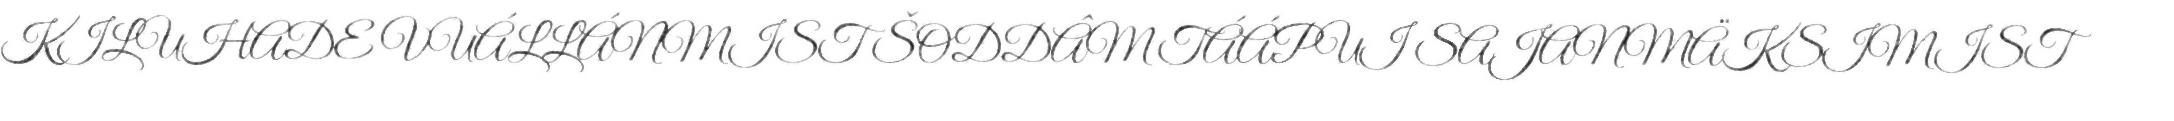
KILUHADE VUÁLLÁNMIST ŠODDÂM TÁÁPUI SAJANMÄKSIMIST